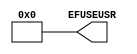
///////////////////////////////////////////////////////
//  Copyright (c) 2009 Xilinx Inc.
//  All Right Reserved.
///////////////////////////////////////////////////////
//   ____   ___
//  /   /\/   / 
// /___/  \  /     Vendor      : Xilinx 
// \  \    \/      Version : 10.1
//  \  \           Description : 
//  /  /                      
// /__/   /\       Filename    : EFUSE_USR.v
// \  \  /  \      Timestamp : Wed Mar 19 12:34:06 2008
//  \__\/\__ \                    
//                                 
// Revision:
//    03/19/08 - Initial version.  
//    12/13/11 - Added `celldefine and `endcelldefine (CR 524859).
// End Revision

`timescale 1 ps / 1 ps 

`celldefine

module EFUSE_USR (
  EFUSEUSR
);

  parameter [31:0] SIM_EFUSE_VALUE = 32'h00000000;

`ifdef XIL_TIMING

  parameter LOC = "UNPLACED";

`endif

    
  output [31:0] EFUSEUSR;

  assign EFUSEUSR = SIM_EFUSE_VALUE;

  specify

      specparam PATHPULSE$ = 0;

  endspecify

endmodule

`endcelldefine